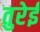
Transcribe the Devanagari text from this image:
तुरेई